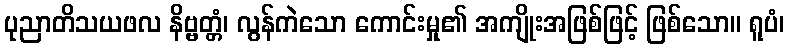
ပုညာတိသယဖလ နိဗ္ဗတ္တံ၊ လွန်ကဲသော ကောင်းမှု၏ အကျိုးအဖြစ်ဖြင့် ဖြစ်သော။ ရူပံ၊